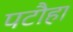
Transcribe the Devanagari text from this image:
पटौहा